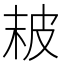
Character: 𤿖